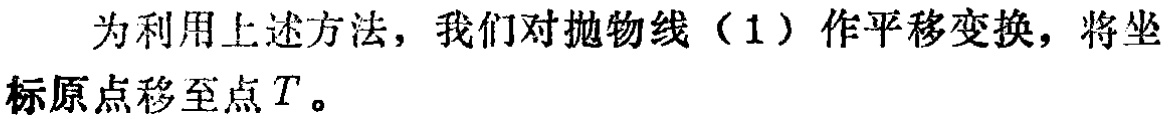
为利用上述方法，我们对抛物线（1）作平移变换，将坐标原点移至点\(T\)。